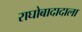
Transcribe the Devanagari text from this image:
राघोबादादाला